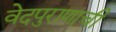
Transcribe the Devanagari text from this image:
वेदपुराणाची